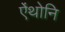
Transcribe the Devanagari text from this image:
ऐंथोनि